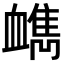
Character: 𧗔